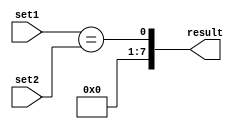
module parallel_comparator (
    input [7:0] set1,
    input [7:0] set2,
    output [7:0] result
);

assign result = set1 == set2;

endmodule